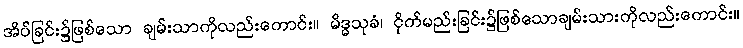
အိပ်ခြင်း၌ဖြစ်သော ချမ်းသာကိုလည်းကောင်း။ မိဒ္ဓသုခံ၊ ငိုက်မည်းခြင်း၌ဖြစ်သောချမ်းသားကိုလည်းကောင်း။